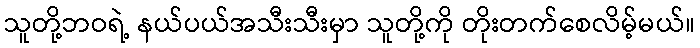
သူတို့ဘဝရဲ့ နယ်ပယ်အသီးသီးမှာ သူတို့ကို တိုးတက်စေလိမ့်မယ်။